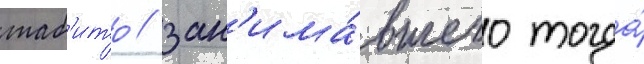
таб'ито / зан'има́вшего тогда́